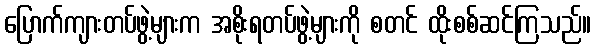
ပြောက်ကျားတပ်ဖွဲ့များက အစိုးရတပ်ဖွဲ့များကို စတင် ထိုးစစ်ဆင်ကြသည်။